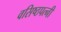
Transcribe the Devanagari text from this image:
वसिष्ठपत्नी